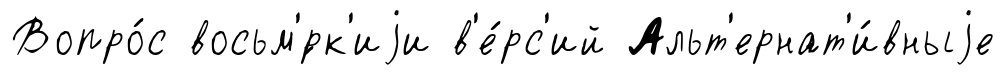
Вопро́с восьм'́рк'иjи в'е́рс'ий Альт'ернат'и́вныjе